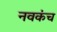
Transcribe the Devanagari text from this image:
नवकंच